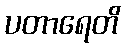
ပတာရေတိ